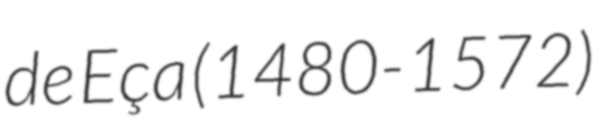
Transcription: de Eça (1480-1572)